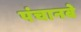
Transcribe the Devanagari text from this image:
पंचानबे